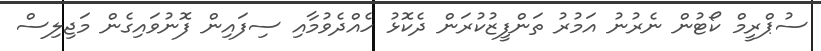
ސުޕްރީމް ކޯޓުން ނެރުނު އަމުރު ތަންފީޒުކުރަން ދެކޮޅު ހެއްދެވުމާއި ސިފައިން ފޮނުވައިގެން މަޖިލިސް